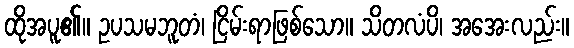
ထိုအပူ၏။ ဥပသမဘူတံ၊ ငြိမ်းရာဖြစ်သော။ သိတလံပိ၊ အအေးလည်း။